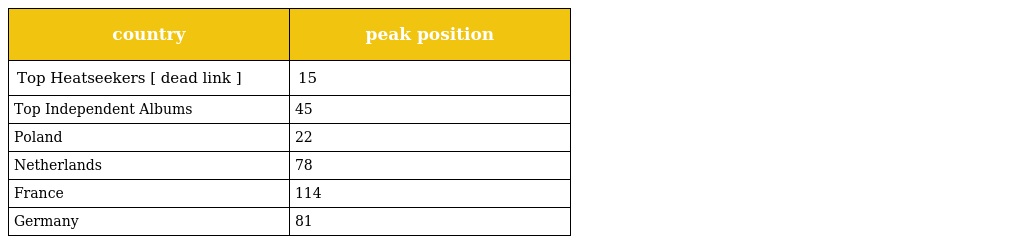
| country | peak position |
 | --- | --- |
 | Top Heatseekers [ dead link ] | 15 |
 | Top Independent Albums | 45 |
 | Poland | 22 |
 | Netherlands | 78 |
 | France | 114 |
 | Germany | 81 |